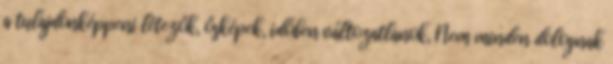
a tulajdonképpeni létezők, ősképek, időben változatlanok, Nem minden dolognak